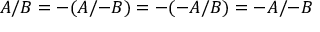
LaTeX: A / B = - ( A / { - B } ) = - ( - A / B ) = - A / { - B }